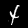
Label: 4